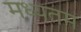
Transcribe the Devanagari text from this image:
मध्यतम